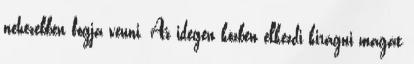
nehezebben fogja venni. Az idegen közben elkezdi kirágni magát